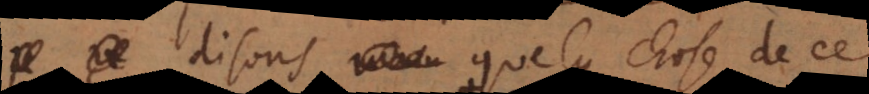
disons quelque chose de ce